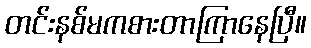
တင်းနစ်မကစားတာကြာနေပြီ။